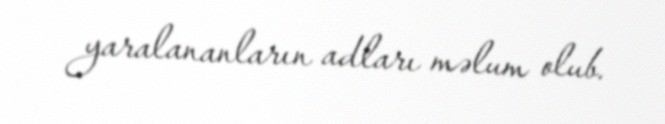
yaralananların adları məlum olub.